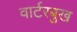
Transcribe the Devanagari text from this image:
वार्टरबुख